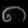
Digit: ၈